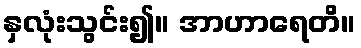
နှလုံးသွင်း၍။ အာဟာရေတိ။